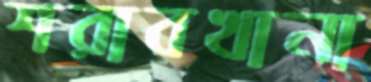
শরাবখানা